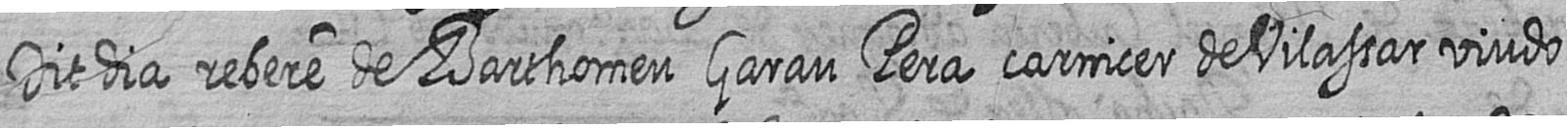
Dit dia rebere de Barthomeu Garau Pera carnicer de Vilassar viudo